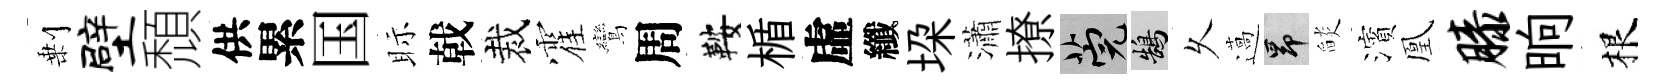
剰壁頹供累国眎戟裁霍鸞周鞍楯虛纖垜瀟撩筦鵠乆薖昂𦦨濱凰膝晌根